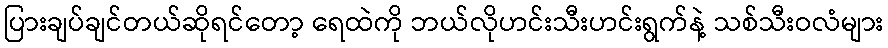
ပြားချပ်ချင်တယ်ဆိုရင်တော့ ရေထဲကို ဘယ်လိုဟင်းသီးဟင်းရွက်နဲ့ သစ်သီးဝလံများ